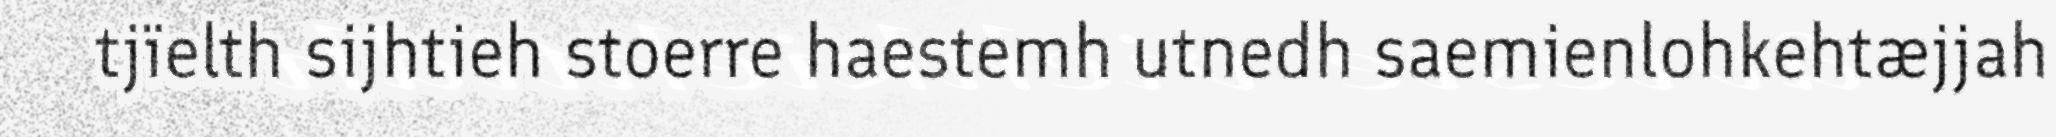
tjïelth sijhtieh stoerre haestemh utnedh saemienlohkehtæjjah